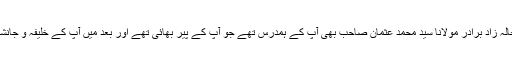
آپ کے خالہ زاد برادر مولانا سید محمد عثمان صاحبؒ بھی آپ کے ہمدرس تھے جو آپ کے پیر بھائی تھے اور بعد میں آپ کے خلیفہ و جانشین ہوئے ۔